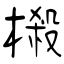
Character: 樧